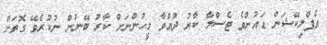
އެޕްލިކޭޝަން ޑައުންވެ ޓެސްލާ ކާރު ދުއްވާ މީހުންނަށް ކާރު ބޭނުން ނުކުރެވޭ ގޮތަށް